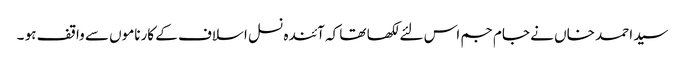
سید احمد خاں نے جام جم اس لئے لکھا تھا کہ آئندہ نسل اسلاف کے کارناموں سے واقف ہو ۔